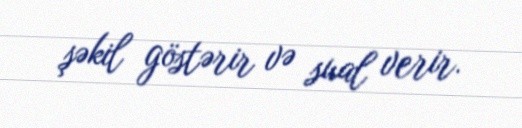
şəkil göstərir və sual verir.